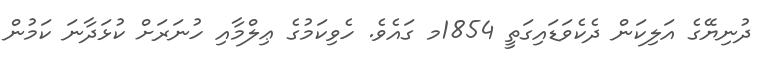
ދުނިޔޭގެ އަލިކަން ދެކެވަޑައިގަތީ 1854މ ގައެވެ. ހެވިކަމުގެ ޢިލްމާއި ހުނަރަށް ކުޅަދާނަ ކަމުން